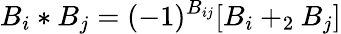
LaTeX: B_{i}*B_{j}=(-1)^{B_{ij}}[B_{i}+_{2}B_{j}]